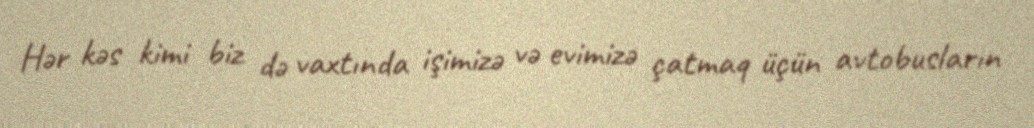
Hər kəs kimi biz də vaxtında işimizə və evimizə çatmaq üçün avtobusların